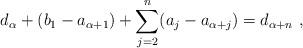
LaTeX: \begin{align*}d_\alpha + (b_1 - a_{\alpha+1}) + \sum_{j=2}^n (a_j - a_{\alpha + j}) = d_{\alpha + n} \ ,\end{align*}